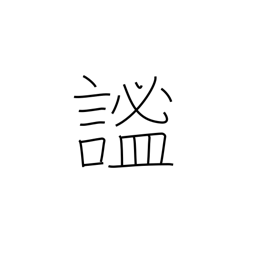
Meaning: quiet